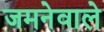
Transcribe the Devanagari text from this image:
जमनेवाले